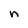
Character: n